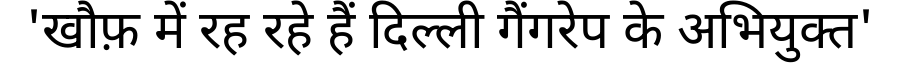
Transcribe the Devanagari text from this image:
'खौफ़ में रह रहे हैं दिल्ली गैंगरेप के अभियुक्त'